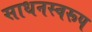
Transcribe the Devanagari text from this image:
साधनस्वरूप